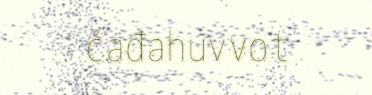
čađahuvvot